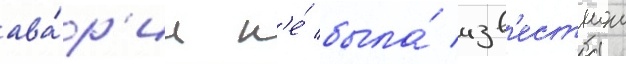
ава́р'ии н'е́ была́ изв'естнои